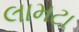
લામટા